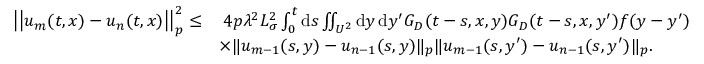
\begin{array} { r l } { \left| \left| u _ { m } ( t , x ) - u _ { n } ( t , x ) \right| \right| _ { p } ^ { 2 } \le } & { \: 4 p \lambda ^ { 2 } L _ { \sigma } ^ { 2 } \int _ { 0 } ^ { t } \ensuremath { \mathrm { d } } s \iint _ { U ^ { 2 } } \ensuremath { \mathrm { d } } y \, \ensuremath { \mathrm { d } } y ^ { \prime } G _ { D } ( t - s , x , y ) G _ { D } ( t - s , x , y ^ { \prime } ) f ( y - y ^ { \prime } ) } \\ & { \times \| u _ { m - 1 } ( s , y ) - u _ { n - 1 } ( s , y ) \| _ { p } \| u _ { m - 1 } ( s , y ^ { \prime } ) - u _ { n - 1 } ( s , y ^ { \prime } ) \| _ { p } . } \end{array}